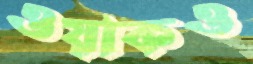
ওয়াকও